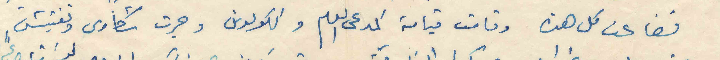
فضاعت كل هذه وقامت قيامة المدعى العام والكولونيل وجرت شكاوى وتفتيش